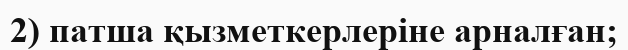
2) патша қызметкерлеріне арналған;